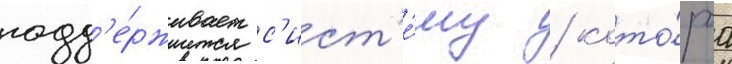
подд'е́рживает с'ист'е́му / кото́раа